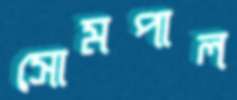
সোমপাল